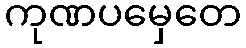
ကုဏပမှေတေ